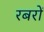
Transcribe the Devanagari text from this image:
रबरों